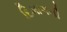
દિમાગની